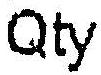
QTY